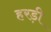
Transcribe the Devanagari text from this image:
हरड़ी